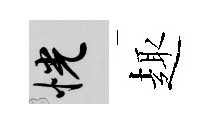
恍趣